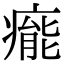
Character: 𤹍